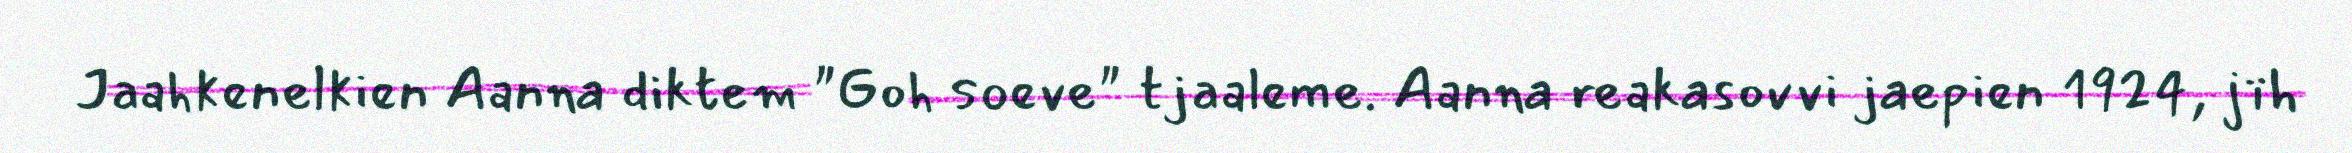
Jaahkenelkien Aanna diktem "Goh soeve" tjaaleme. Aanna reakasovvi jaepien 1924, jïh